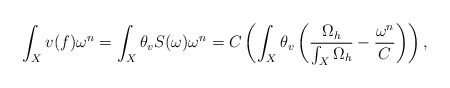
\begin{align*}\int_{X} v(f)\omega^{n}=\int_{X}\theta_{v}S(\omega)\omega^{n}=C\left(\int_{X}\theta_{v}\left(\frac{\Omega_{h}}{\int_{X}\Omega_{h}}-\frac{\omega^{n}}{C}\right)\right),\end{align*}